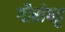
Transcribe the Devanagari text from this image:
गौरीपट्ट